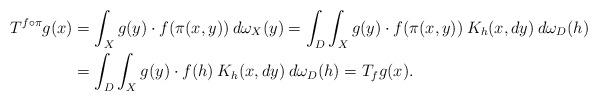
LaTeX: \begin{align*}T^{f\circ\pi}g(x)&= \int_X g(y) \cdot f(\pi(x,y))\> d\omega_X(y) =\int_D\int_X g(y) \cdot f(\pi(x,y))\> K_h(x,dy)\> d\omega_D(h) \\&= \int_D \int_X g(y)\cdot f(h) \> K_h(x,dy)\> d\omega_D(h)=T_fg(x).\end{align*}